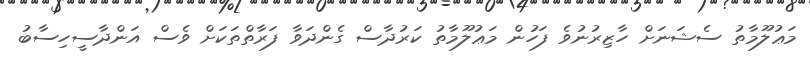
މަޢުލޫމާތު ސެޝަނަށް ހާޒިރުނުވެ ފަހުން މަޢުލޫމާތު ކަރުދާސް ގެންދަވާ ފަރާތްތަކަށް ވެސް އަންދާސީހިސާބު